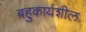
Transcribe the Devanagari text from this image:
बहुकार्यशील